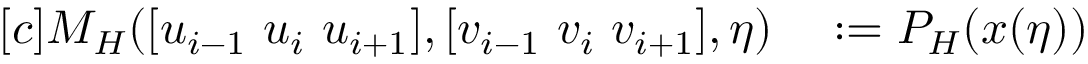
\begin{array} { r l } { [ c ] M _ { H } ( [ u _ { i - 1 } ~ u _ { i } ~ u _ { i + 1 } ] , [ v _ { i - 1 } ~ v _ { i } ~ v _ { i + 1 } ] , \eta ) } & { { } : = P _ { H } ( x ( \eta ) ) } \end{array}